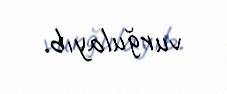
vurğulayıb.